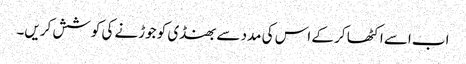
اب اسے اکٹھا کر کے اس کی مدد سے بھنڈی کو جوڑنے کی کوشش کریں۔